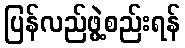
ပြန်လည်ဖွဲ့စည်းရန်